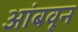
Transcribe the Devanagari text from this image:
आंबवून